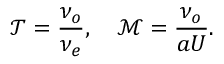
\mathcal { T } = \frac { \nu _ { o } } { \nu _ { e } } , \quad \mathcal { M } = \frac { \nu _ { o } } { a U } .